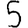
Digit: 5